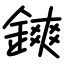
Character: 鏯